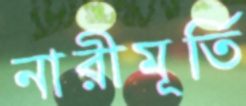
নারীমূর্তি